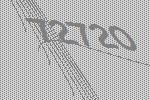
72720